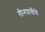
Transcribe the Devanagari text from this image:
तीनपात्रीचे